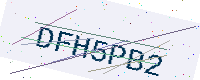
Text: DFH5PB2